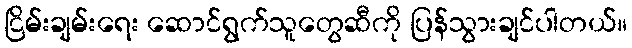
ငြိမ်းချမ်းရေး ဆောင်ရွက်သူတွေဆီကို ပြန်သွားချင်ပါတယ်။